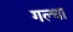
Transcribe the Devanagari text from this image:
गल्धा